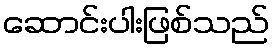
ဆောင်းပါးဖြစ်သည်